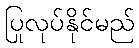
ပြုလုပ်နိုင်မည်